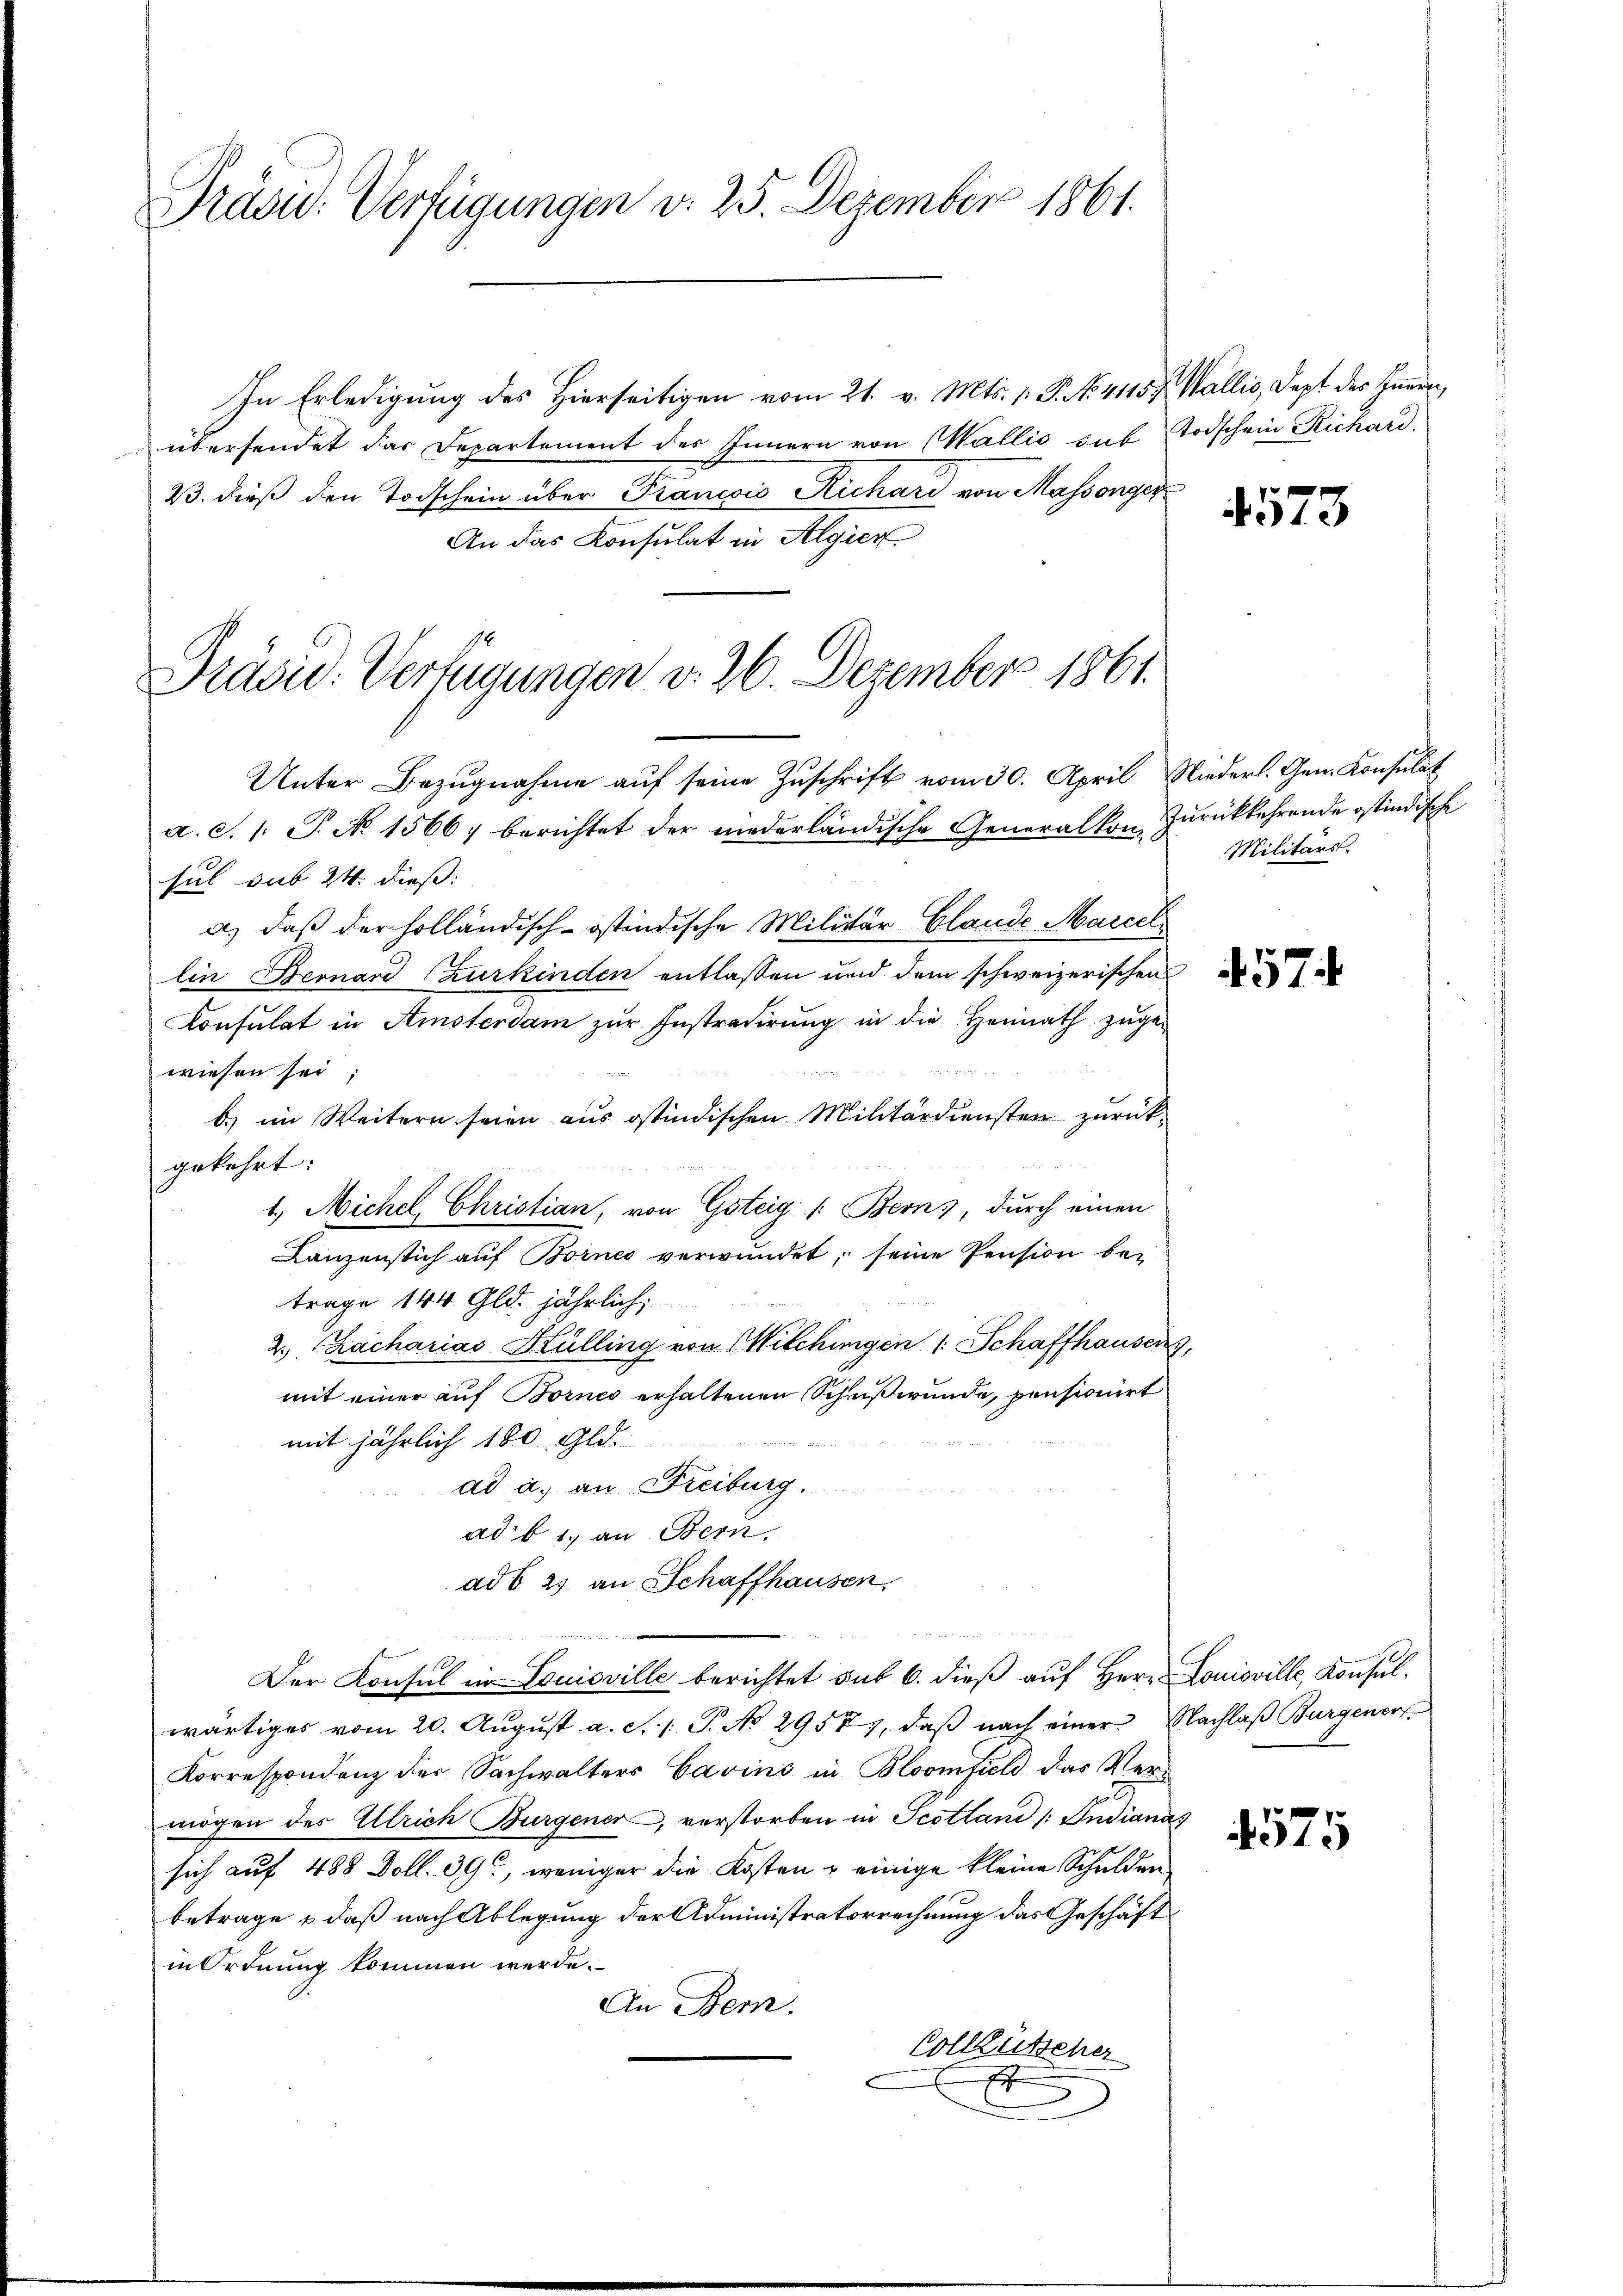
Präsid. Verfügungen d. 25. Dezember 1861.

In Erledigung des Hierseitigen vom 21. v. Mts. 1. P. No. 41157. Wallis, dept des Innern,
übersendet das Departement des Innern von Wallis sub Todschein Richard,
23. dieß den Todschein über Francois Richard von Massonger
An das Konsulat in Algier
Unter Bezugnahme auf seine Zuschrift vom 30. April Niederl. Gen. Konsulat
a. S. 1: P. No 1566, berichtet der niederländische Generalkon-Zurückkehrende ostindische
sul sub 24. dieß:
a) daß der holländisch-ostindische Militär-Clande Marcel
lin Beonard (zurkinden entlassen und dem schweizerischen
Consulat in Amsterdam zur Instradirung in die Heimath zugewiesen sei
b) im Weitern seien aus ostindischen Militärdiensten zurück-
gekehrt:
1.) Michel, Christian, von Gsteig /: Berns, durch einen
Lanzenstich auf Bornes verwundet, seine Pension bei
trage 144. Gld. jährlich,
2. Zacharias Külling von Wilchingen 1 Schaffhausen
mit einer auf Bornes erhaltenen Schußwunde, pensionirt
mit jährlich 180 Gld.
ad a. an Freiburg.
ad. b. 1. an Bern.
ad b. 25 an Schaffhausen,
Der Konsul in Louisville berichtet sub 6. dieß auf Herr Louisville, Konsulwärtiges vom 20. August a. S. 1 S. No 29557, daß nach einer Nachlaß Burgenor
Korrespondenz der Sachwalters Cavins in Bloomfild das Vermögen des Ulrich Burgener, verstorben in Scottani /: Indianas
sich auf 488 Doll. 39, weniger die Kosten u einige kleine Schulden
betrage – daß nach Ablegung der Administratorrechnung das Geschäft
in Ordnung kommen werde.
An Bern.
Vollzütscher
E

Präsid. Verfügungen v. 26. Dezember 1861.

4573

Militärs.

457

4575